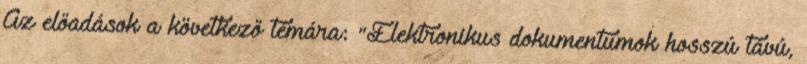
Az előadások a következő témára: "Elektronikus dokumentumok hosszú távú,